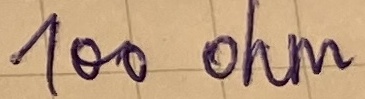
Text: 100 ohm